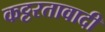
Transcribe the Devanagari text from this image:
कट्टरतावादी